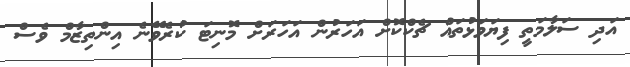
އަދި ސަލާމަތީ ފިޔަވަޅުތައް ޗެކްކޮށް އަހަރުން އަހަރަށް މޮނިޓަ ކުރެވޭނެ އިންތިޒާމް ވެސް